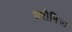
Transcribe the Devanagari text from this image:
धरौनिया